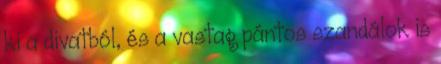
ki a divatból, és a vastag pántos szandálok is